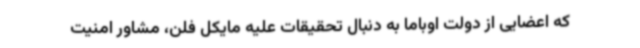
که اعضایی از دولت اوباما به دنبال تحقیقات علیه مایکل فلن، مشاور امنیت